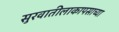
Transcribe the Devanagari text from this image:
सुरवातीलाकापसाच्या